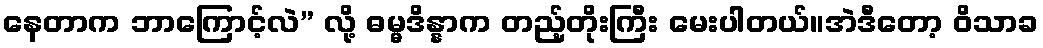
နေတာက ဘာကြောင့်လဲ” လို့ ဓမ္မဒိန္နာက တည့်တိုးကြီး မေးပါတယ်။အဲဒီတော့ ဝိသာခ